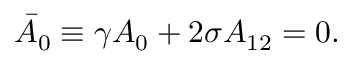
\bar { A } _ { 0 } \equiv \gamma A _ { 0 } + 2 \sigma A _ { 1 2 } = 0 .